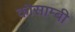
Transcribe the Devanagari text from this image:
कौसाम्बी